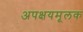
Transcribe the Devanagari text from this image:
अपक्षयमूलक